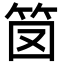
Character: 笝